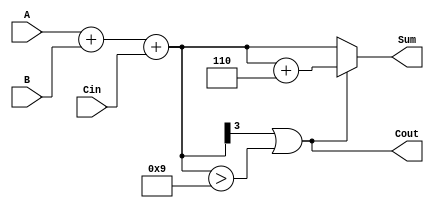
module BCD_Adder (
    input  [3:0] A,      // First BCD digit
    input  [3:0] B,      // Second BCD digit
    input        Cin,     // Carry-in
    output [3:0] Sum,     // BCD sum output
    output       Cout      // Carry-out
);

    wire [4:0] R;        // 5-bit result for binary addition
    wire correction;      // Correction flag

    // Step 1: Perform binary addition
    assign R = A + B + Cin;

    // Step 2: Determine if correction is needed
    assign correction = (R[3] == 1) || (R[3:0] > 9);

    // Step 3: Calculate the BCD sum and carry-out
    assign Sum = correction ? (R + 5'd6) : R[3:0]; // Apply correction if needed
    assign Cout = correction; // Set carry-out if correction was applied

endmodule